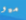
ميو